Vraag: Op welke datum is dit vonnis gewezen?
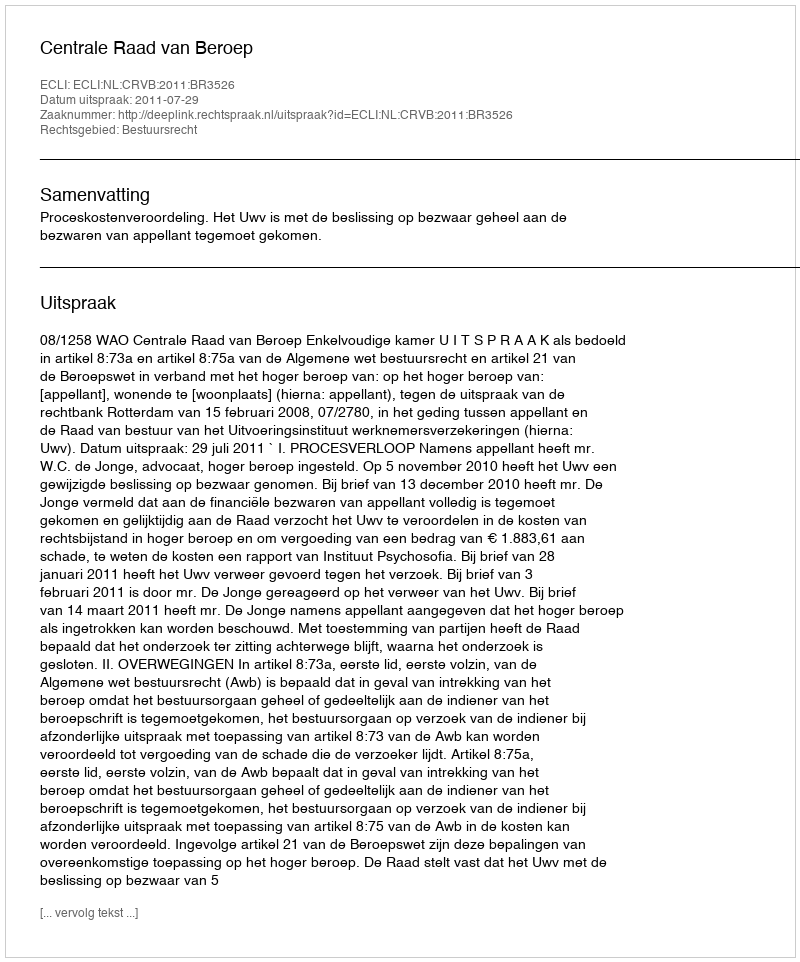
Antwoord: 2011-07-29